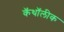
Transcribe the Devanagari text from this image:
कॅथॉलीक